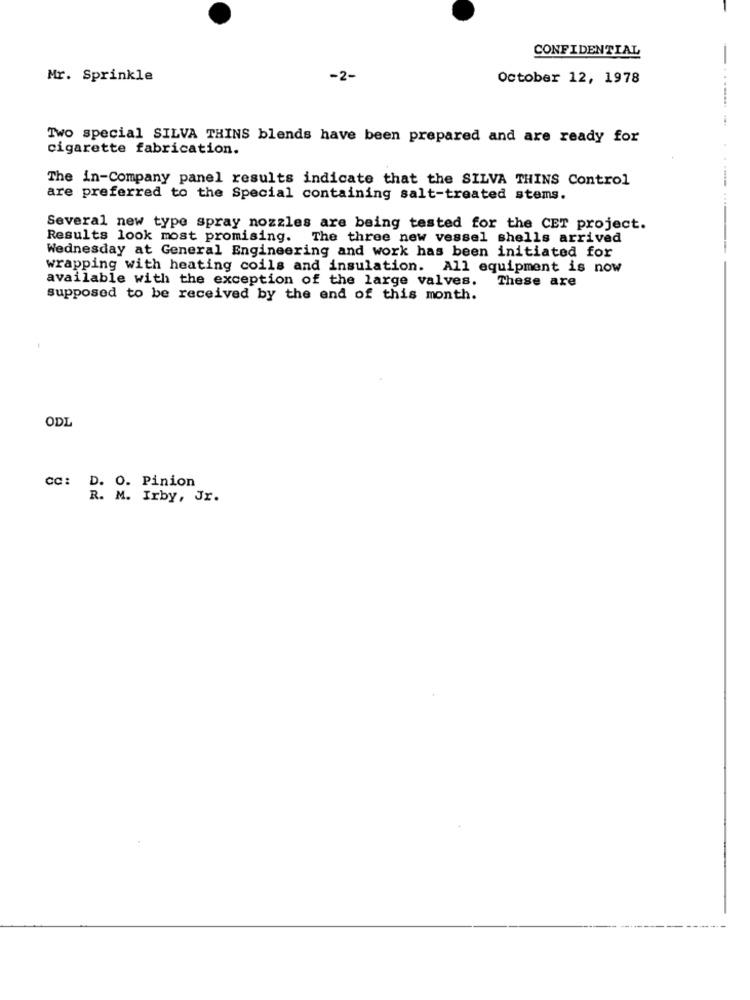
CONFIDENTIAL
Mr. Sprinkle
-2-
October 12, 1978
Two special SILVA THINS blends have been prepared and are ready for
cigarette fabrication.
The in-Company panel results indicate that the SILVA THINS Control
are preferred to the Special containing salt-treated stems.
Several new type spray nozzles are being tested for the CET project.
------ -----
Results look most promising. The three new vessel shells arrived
Wednesday at General Engineering and work has been initiated for
wrapping with heating coils and insulation. All equipment is now
available with the exception of the large valves. These are
supposed to be received by the end of this month.
ODL
cc: D. O. Pinion
R. M. Irby, Jr.